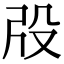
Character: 𣪃